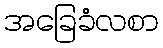
အခြေခံလစာ